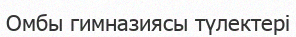
Омбы гимназиясы түлектері